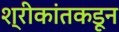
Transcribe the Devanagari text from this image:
श्रीकांतकडून